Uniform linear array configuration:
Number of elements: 24
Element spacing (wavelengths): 1
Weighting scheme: exponential
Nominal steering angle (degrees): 30
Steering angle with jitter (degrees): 29.277
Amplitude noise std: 0.05
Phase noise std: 0.05

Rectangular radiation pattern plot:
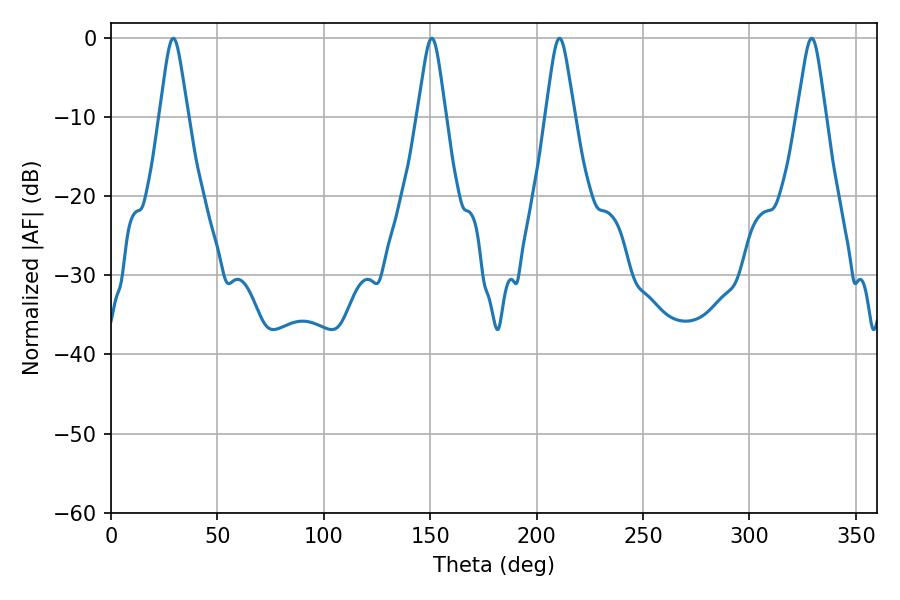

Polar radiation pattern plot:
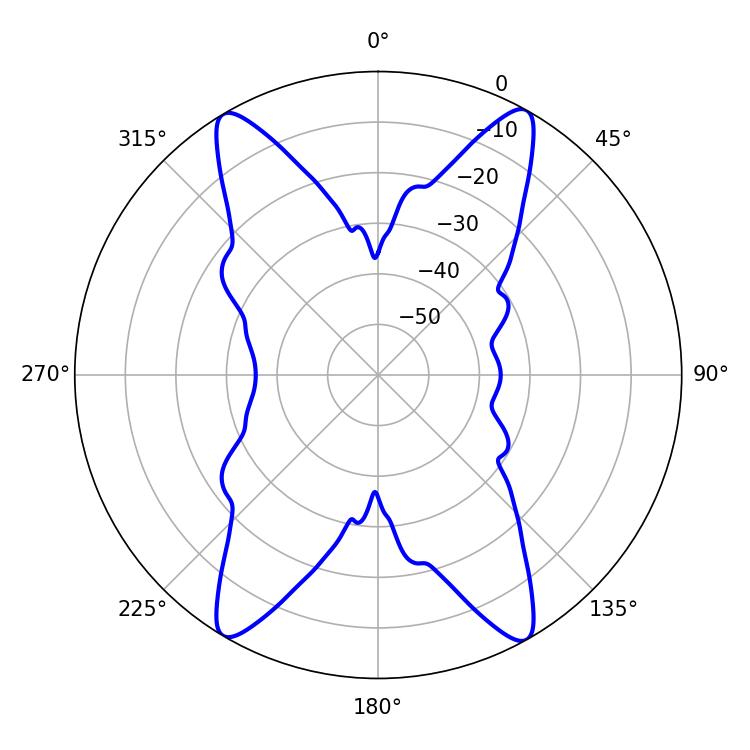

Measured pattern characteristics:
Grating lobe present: TRUE
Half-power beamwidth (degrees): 6.48
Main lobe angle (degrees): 210.78